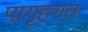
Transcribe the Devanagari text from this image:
पागृहगत